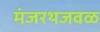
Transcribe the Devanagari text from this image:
मंजरथजवळ